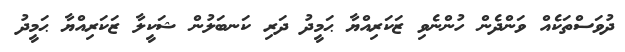
ދުވަސްތަކެއް ވަންދެން ހުންނެވި ޒަކަރިއްޔާ ޙަމީދު ދަރި ކަނބަލުން ޝަކީލާ ޒަކަރިއްޔާ ޙަމީދު